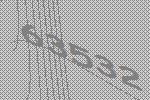
63532